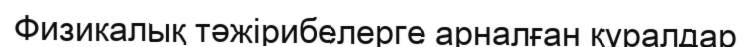
Физикалық тәжірибелерге арналған құралдар